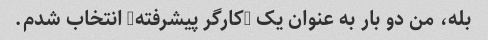
بله، من دو بار به عنوان یک "کارگر پیشرفته" انتخاب شدم.